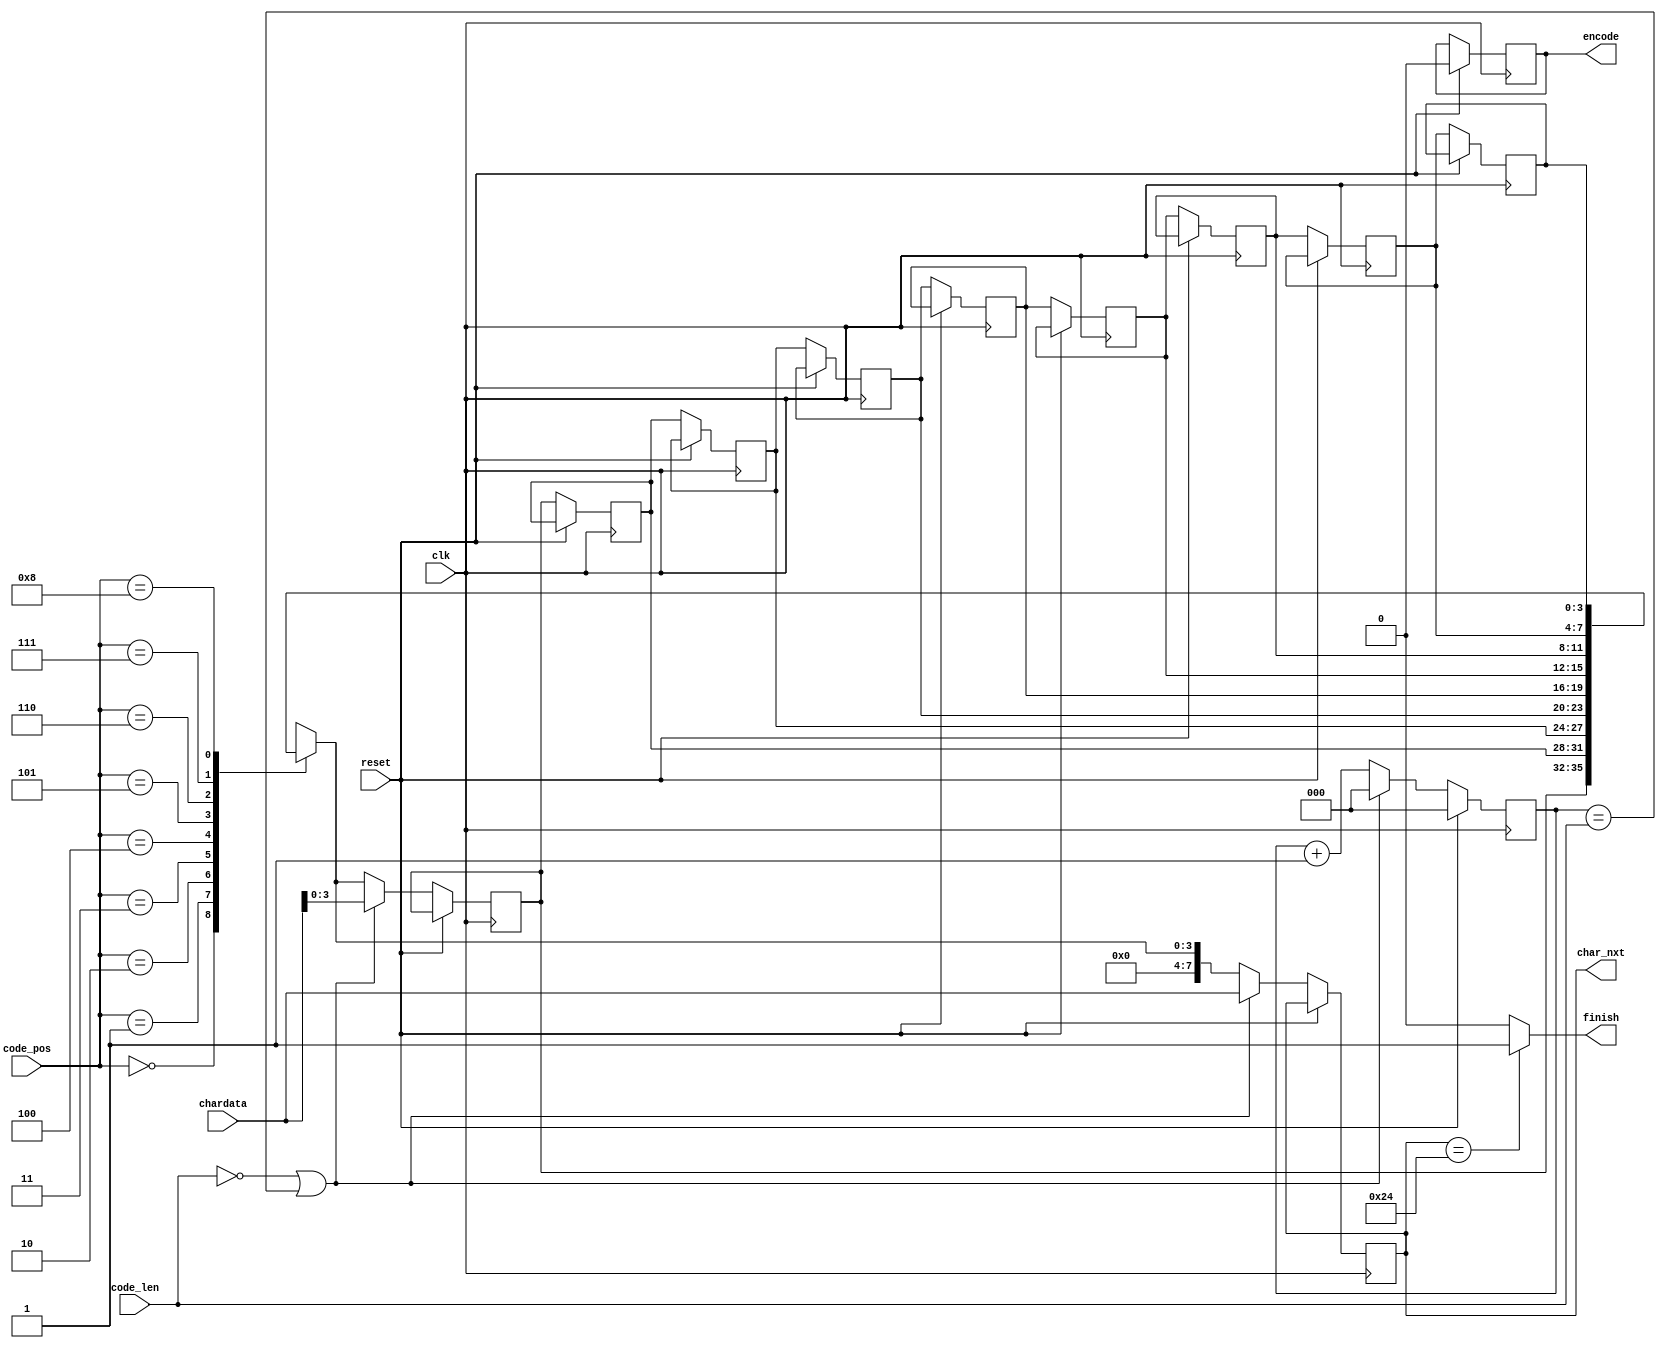
module LZ77_Decoder(clk,reset,code_pos,code_len,chardata,encode,finish,char_nxt);

input 				clk;
input 				reset;
input 		[3:0] 	code_pos;
input 		[2:0] 	code_len;
input 		[7:0] 	chardata;
output   reg		encode;
output       	        finish;
output 	 reg	[7:0] 	char_nxt;
assign finish = (char_nxt == 36) ? 1: 0;   // " $ " signed

reg [3:0] search_buffer [8:0];
reg [2:0] counter;

always@( posedge clk)begin
if(reset) begin
encode <= 0;
counter <= 0;
end
else begin
        if(code_len == 0  || counter == code_len )begin
            counter <= 0;  
       	    char_nxt <= chardata ;
            search_buffer [0] <= chardata ;
         end
       	 else begin
            counter <= counter + 1;                
            char_nxt <= search_buffer [code_pos] ;
            search_buffer [0] <=  search_buffer [code_pos] ;            
         end    //  if(counter != code_len)
                         
         search_buffer [1] <= search_buffer [0] ;
         search_buffer [2] <= search_buffer [1] ;
       	 search_buffer [3] <= search_buffer [2] ;
	 search_buffer [4] <= search_buffer [3] ;
	 search_buffer [5] <= search_buffer [4] ;
	 search_buffer [6] <= search_buffer [5] ;
	 search_buffer [7] <= search_buffer [6] ;
	 search_buffer [8] <= search_buffer [7] ;             	
end // end else
end // end always
endmodule